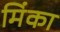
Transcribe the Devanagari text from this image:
मिंका